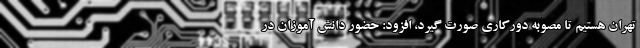
تهران هستیم تا مصوبه دورکاری صورت گیرد، افزود: حضور دانش آموزان در